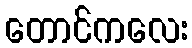
တောင်ကလေး